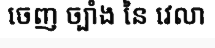
ចេញ ច្បាំង នៃ វេលា